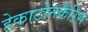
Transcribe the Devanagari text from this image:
हेकाटोनकैरिस